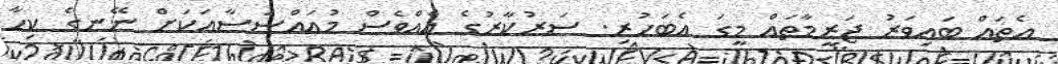
އެތައް ބައިވަރު ޖަރީމާތައް މީގަ އެބަހުރި. ސަރުކާރުގެ އެއްވެސް މުއައްސަސާއަކަށް ނޭނގެ ކިހާ